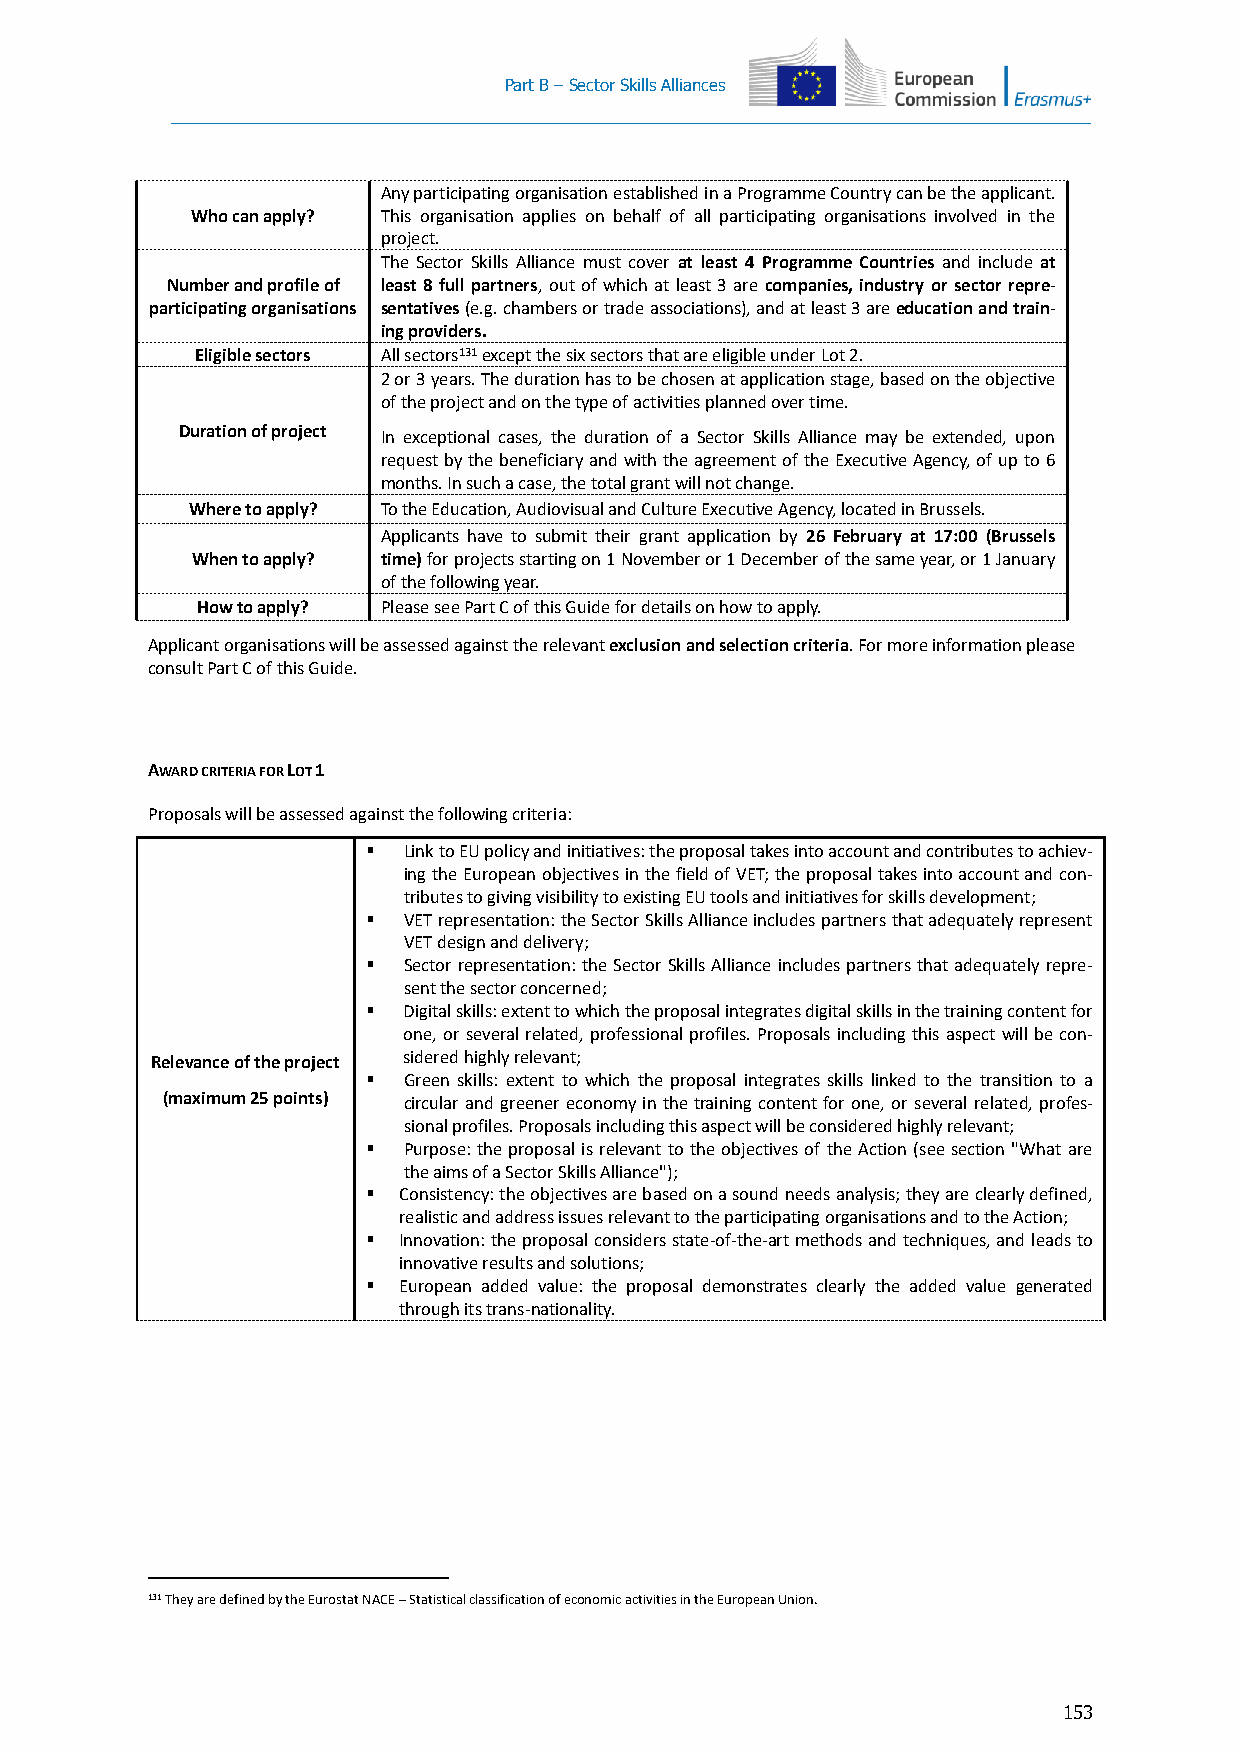
Part B – Sector Skills Alliances
 Any participating organisation established in a Programme Country can be the applicant.
 Who can apply? This organisation applies on behalf of all participating organisations involved in the
 project.
 The Sector Skills Alliance must cover at least 4 Programme Countries and include at
 Number and profile of least 8 full partners, out of which at least 3 are companies, industry or sector repre-
 participating organisations sentatives (e.g. chambers or trade associations), and at least 3 are education and train-
 ing providers.
 Eligible sectors All sectors131 except the six sectors that are eligible under Lot 2.
 2 or 3 years. The duration has to be chosen at application stage, based on the objective
 of the project and on the type of activities planned over time.
 Duration of project In exceptional cases, the duration of a Sector Skills Alliance may be extended, upon
 request by the beneficiary and with the agreement of the Executive Agency, of up to 6
 months. In such a case, the total grant will not change.
 Where to apply? To the Education, Audiovisual and Culture Executive Agency, located in Brussels.
 Applicants have to submit their grant application by 26 February at 17:00 (Brussels
 When to apply? time) for projects starting on 1 November or 1 December of the same year, or 1 January
 of the following year.
 How to apply? Please see Part C of this Guide for details on how to apply.
 Applicant organisations will be assessed against the relevant exclusion and selection criteria. For more information please
 consult Part C of this Guide.
 AWARD CRITERIA FOR LOT 1
 Proposals will be assessed against the following criteria:
   Link to EU policy and initiatives: the proposal takes into account and contributes to achiev-
 ing the European objectives in the field of VET; the proposal takes into account and con-
 tributes to giving visibility to existing EU tools and initiatives for skills development;
   VET representation: the Sector Skills Alliance includes partners that adequately represent
 VET design and delivery;
   Sector representation: the Sector Skills Alliance includes partners that adequately repre-
 sent the sector concerned;
   Digital skills: extent to which the proposal integrates digital skills in the training content for
 one, or several related, professional profiles. Proposals including this aspect will be con-
 Relevance of the project sidered highly relevant;
   Green skills: extent to which the proposal integrates skills linked to the transition to a
 (maximum 25 points) circular and greener economy in the training content for one, or several related, profes-
 sional profiles. Proposals including this aspect will be considered highly relevant;
   Purpose: the proposal is relevant to the objectives of the Action (see section "What are
 the aims of a Sector Skills Alliance");
  Consistency: the objectives are based on a sound needs analysis; they are clearly defined,
 realistic and address issues relevant to the participating organisations and to the Action;
  Innovation: the proposal considers state-of-the-art methods and techniques, and leads to
 innovative results and solutions;
  European added value: the proposal demonstrates clearly the added value generated
 through its trans-nationality.
 131 They are defined by the Eurostat NACE – Statistical classification of economic activities in the European Union.
 153